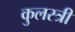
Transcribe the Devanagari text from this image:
कुलस्त्री